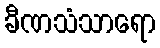
ခီဏသံသာရော